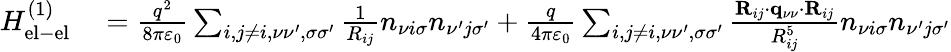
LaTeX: \begin{array}{rl}{H_{\mathrm{el-el}}^{(1)}}&{{}=\frac{q^{2}}{8\pi\varepsilon_{0}}\sum_{i,j\neq i,\nu\nu^{\prime},\sigma\sigma^{\prime}}\frac{1}{R_{ij}}n_{\nu i\sigma}n_{\nu^{\prime}j\sigma^{\prime}}+\frac{q}{4\pi\varepsilon_{0}}\sum_{i,j\neq i,\nu\nu^{\prime},\sigma\sigma^{\prime}}\frac{{\mathbf R}_{ij}\cdot{\mathbf q}_{\nu\nu}\cdot{\mathbf R}_{ij}}{R_{ij}^{5}}n_{\nu i\sigma}n_{\nu^{\prime}j\sigma^{\prime}}}\end{array}